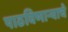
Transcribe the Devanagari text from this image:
पाठविणाऱ्याचे